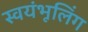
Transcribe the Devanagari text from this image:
स्वयंभूलिंग